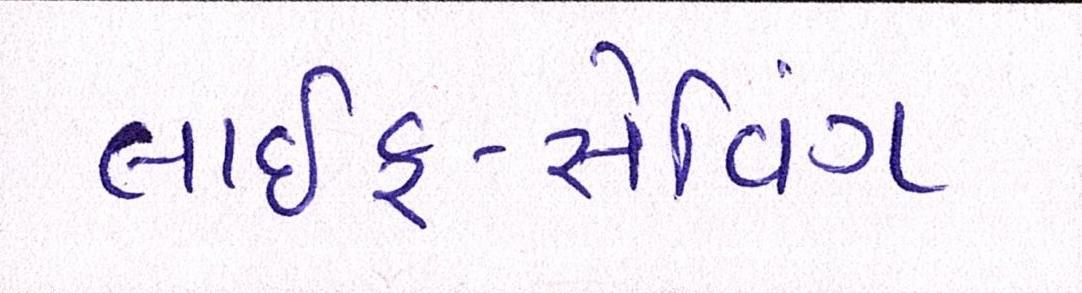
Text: લાઇફ-સેવિંગ